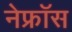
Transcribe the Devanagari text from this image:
नेफ्रॉस